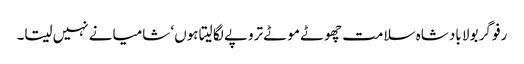
رفو گر بولا بادشاہ سلامت چھوٹے موٹے تروپے لگا لیتا ہوں‘ شامیانے نہیں سیتا۔